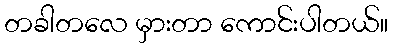
တခါတလေ မှားတာ ကောင်းပါတယ်။